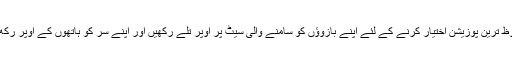
محفوظ ترین پوزیشن اختیار کرنے کے لئے اپنے بازوﺅں کو سامنے والی سیٹ پر اوپر تلے رکھیں اور اپنے سر کو ہاتھوں کے اوپر رکھ لیں۔